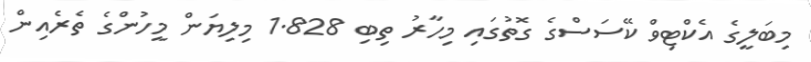
މިބަލީގެ އެކްޓިވް ކޭސަސްގެ ގޮތުގައި މިހާރު ތިބި 1.828 މިލިޔަން މީހުންގެ ތެރެއިން